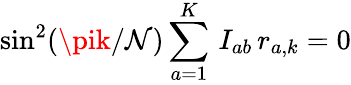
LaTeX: \sin^{2}(\pik/\mathcal{N})\sum_{a=1}^{K}\, I_{ab}\, r_{a,k}=0